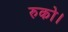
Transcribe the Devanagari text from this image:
रुको।